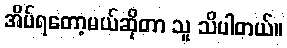
အိပ်ရတော့မယ်ဆိုတာ သူ သိပါတယ်။